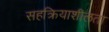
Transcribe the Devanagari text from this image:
सहक्रियाशीलता